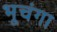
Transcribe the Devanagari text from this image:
भूचंगा